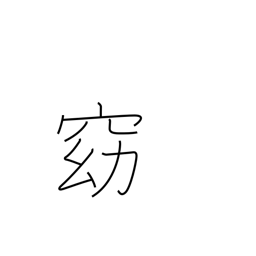
Meaning: quiet